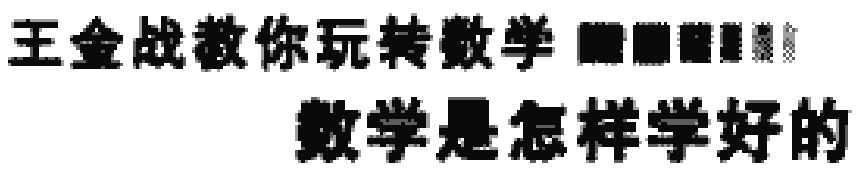
王金战教你玩转数学 数学是怎样学好的